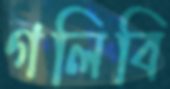
গলিবি